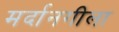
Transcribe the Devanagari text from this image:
मर्दानगीला